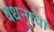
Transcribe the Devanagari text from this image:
बंधनाचा